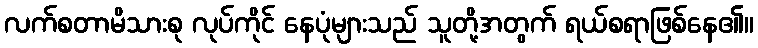
လက်စတာမိသားစု လုပ်ကိုင် နေပုံများသည် သူတို့အတွက် ရယ်စရာဖြစ်နေ၏။